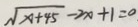
\sqrt { x + 4 5 } - 2 x + 1 = 0